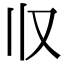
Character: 𰀡